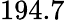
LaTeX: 194.7